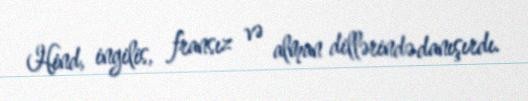
Hind, ingilis, fransız və alman dillərində danışırdı.